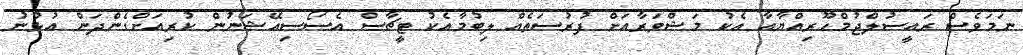
ނަމަވެސް ރައީސުލްޖުމްހޫރިއްޔާއާ އެކު މަޝްވަރާއަށް ފުރުސަތެއް ލިބުމާއެކު ޓީޗާސް އެސޯސިއޭޝަނުން ކުރިއަށްގެންދަން އުޅުނު